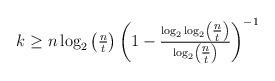
LaTeX: \begin{align*}k\geq n\log_2\begin{pmatrix}{\frac nt}\end{pmatrix}\begin{pmatrix}1-{\frac{\log_2\log_2\begin{pmatrix}{\frac nt}\end{pmatrix}}{\log_2\begin{pmatrix}{\frac nt}\end{pmatrix}}}\end{pmatrix}^{-1}\end{align*}